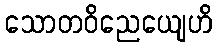
သောတဝိညေယျေဟိ